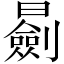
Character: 𣋽